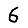
Digit: 6